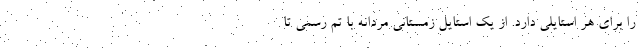
را برای هر استایلی دارد. از یک استایل زمستانی مردانه با تم رسمی تا